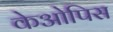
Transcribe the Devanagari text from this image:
केओपिस